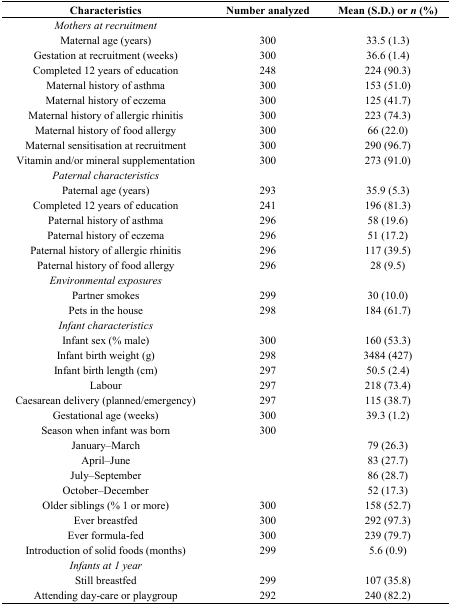
<table><thead><tr><td><b>Characteristics</b></td><td><b>Number analyzed</b></td><td><b>Mean (S.D.) or <i>n</i> (%)</b></td></tr></thead><tbody><tr><td><i>Mothers at recruitment</i></td><td></td><td></td></tr><tr><td>Maternal age (years)</td><td>300</td><td>33.5 (1.3)</td></tr><tr><td>Gestation at recruitment (weeks)</td><td>300</td><td>36.6 (1.4)</td></tr><tr><td>Completed 12 years of education</td><td>248</td><td>224 (90.3)</td></tr><tr><td>Maternal history of asthma</td><td>300</td><td>153 (51.0)</td></tr><tr><td>Maternal history of eczema</td><td>300</td><td>125 (41.7)</td></tr><tr><td>Maternal history of allergic rhinitis</td><td>300</td><td>223 (74.3)</td></tr><tr><td>Maternal history of food allergy</td><td>300</td><td>66 (22.0)</td></tr><tr><td>Maternal sensitisation at recruitment</td><td>300</td><td>290 (96.7)</td></tr><tr><td>Vitamin and/or mineral supplementation</td><td>300</td><td>273 (91.0)</td></tr><tr><td><i>Paternal characteristics</i></td><td></td><td></td></tr><tr><td>Paternal age (years)</td><td>293</td><td>35.9 (5.3)</td></tr><tr><td>Completed 12 years of education</td><td>241</td><td>196 (81.3)</td></tr><tr><td>Paternal history of asthma</td><td>296</td><td>58 (19.6)</td></tr><tr><td>Paternal history of eczema</td><td>296</td><td>51 (17.2)</td></tr><tr><td>Paternal history of allergic rhinitis</td><td>296</td><td>117 (39.5)</td></tr><tr><td>Paternal history of food allergy</td><td>296</td><td>28 (9.5)</td></tr><tr><td><i>Environmental exposures</i></td><td></td><td></td></tr><tr><td>Partner smokes</td><td>299</td><td>30 (10.0)</td></tr><tr><td>Pets in the house</td><td>298</td><td>184 (61.7)</td></tr><tr><td><i>Infant characteristics</i></td><td></td><td></td></tr><tr><td>Infant sex (% male)</td><td>300</td><td>160 (53.3)</td></tr><tr><td>Infant birth weight (g)</td><td>298</td><td>3484 (427)</td></tr><tr><td>Infant birth length (cm)</td><td>297</td><td>50.5 (2.4)</td></tr><tr><td>Labour</td><td>297</td><td>218 (73.4)</td></tr><tr><td>Caesarean delivery (planned/emergency)</td><td>297</td><td>115 (38.7)</td></tr><tr><td>Gestational age (weeks)</td><td>300</td><td>39.3 (1.2)</td></tr><tr><td>Season when infant was born</td><td>300</td><td></td></tr><tr><td>January–March</td><td></td><td>79 (26.3)</td></tr><tr><td>April–June</td><td></td><td>83 (27.7)</td></tr><tr><td>July–September</td><td></td><td>86 (28.7)</td></tr><tr><td>October–December</td><td></td><td>52 (17.3)</td></tr><tr><td>Older siblings (% 1 or more)</td><td>300</td><td>158 (52.7)</td></tr><tr><td>Ever breastfed</td><td>300</td><td>292 (97.3)</td></tr><tr><td>Ever formula-fed</td><td>300</td><td>239 (79.7)</td></tr><tr><td>Introduction of solid foods (months)</td><td>299</td><td>5.6 (0.9)</td></tr><tr><td><i>Infants at 1 year</i></td><td></td><td></td></tr><tr><td>Still breastfed</td><td>299</td><td>107 (35.8)</td></tr><tr><td>Attending day-care or playgroup</td><td>292</td><td>240 (82.2)</td></tr></tbody></table>